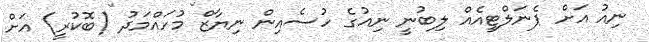
ނިއު އަށް ޕެނަލްޓީއެއް ލިބުނީ ނިއުގެ ހުސެއިން ނިޔާޒް މުހައްމަދު (ބޮކުރީ) އަށް